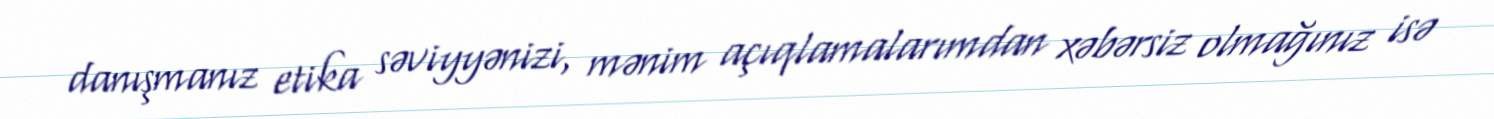
danışmanız etika səviyyənizi, mənim açıqlamalarımdan xəbərsiz olmağınız isə